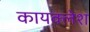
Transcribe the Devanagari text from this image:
कायक्लेश